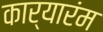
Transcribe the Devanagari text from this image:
कार्यारंम